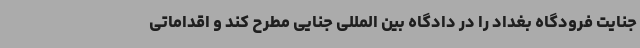
جنایت فرودگاه بغداد را در دادگاه بین المللی جنایی مطرح کند و اقداماتی